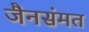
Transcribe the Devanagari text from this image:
जैनसंमत